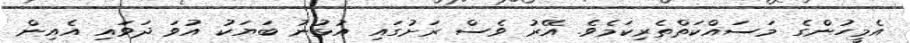
އެމީހުންގެ މަސައްކަތްތެރިކަމެވެ. އޭރު ވެސް ރަށުގައި އުޅުނު ބަޔަކު އުވަ ދަވައި އެއިން